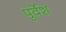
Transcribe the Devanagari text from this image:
पूर्वेश